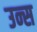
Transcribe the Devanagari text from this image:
उन्स